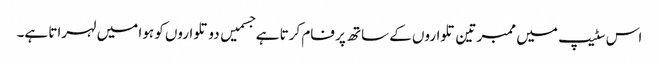
اس سٹیپ میں ممبر تین تلواروں کے ساتھ پر فام کرتا ہے جسمیں دو تلواروں کو ہوا میں لہراتا ہے۔